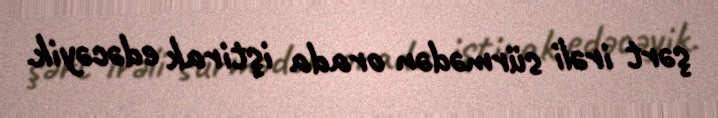
şərt irəli sürmədən orada iştirak edəcəyik.